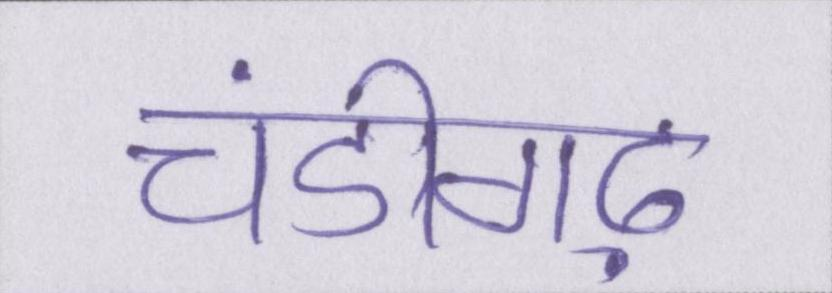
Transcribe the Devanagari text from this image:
चंडीगढ़